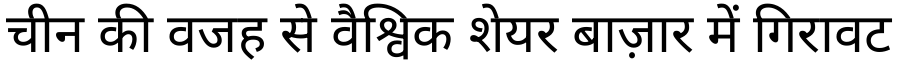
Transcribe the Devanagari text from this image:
चीन की वजह से वैश्विक शेयर बाज़ार में गिरावट